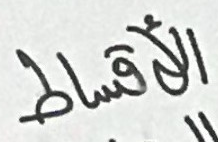
الأقساط